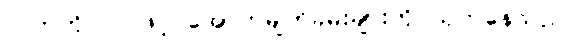
လက်ကိုင်ပဝါဖြင့် အောက်မျက်ခမ်းများကို သုတ်နေသည်။